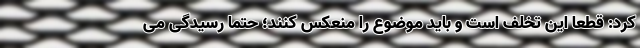
کرد: قطعا این تخلف است و باید موضوع را منعکس کنند؛ حتما رسیدگی می